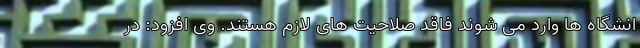
انشگاه‌ ها وارد می ‌شوند فاقد صلاحیت های لازم هستند. وی افزود: در